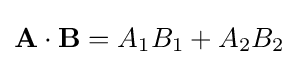
\mathbf {A} \cdot \mathbf {B} =A_{1}B_{1}+A_{2}B_{2}